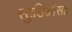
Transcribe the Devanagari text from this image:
स्टुडिओसह